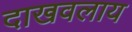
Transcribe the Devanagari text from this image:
दाखवलाय